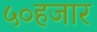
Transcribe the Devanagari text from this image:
५०हजार